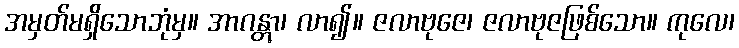
အမှတ်မရှိသောဘုံမှ။ အာဂန္တွာ၊ လာ၍။ ဇလာဗုဇေ၊ ဇလာဗုဇဖြစ်သော။ ကုလေ၊